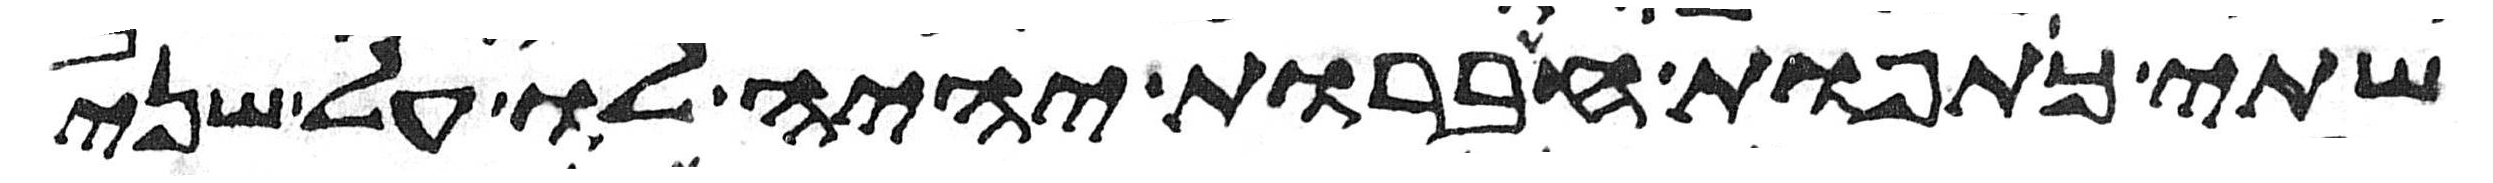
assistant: שתי כתפות חברות יהיה לו על שני